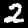
Digit: 2